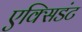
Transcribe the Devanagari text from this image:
एक्सिडंट